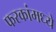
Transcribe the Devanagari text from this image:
फरकांमध्ये